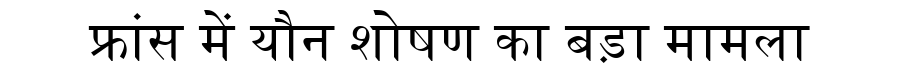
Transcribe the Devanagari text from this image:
फ्रांस में यौन शोषण का बड़ा मामला